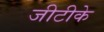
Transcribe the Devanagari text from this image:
जीटीके